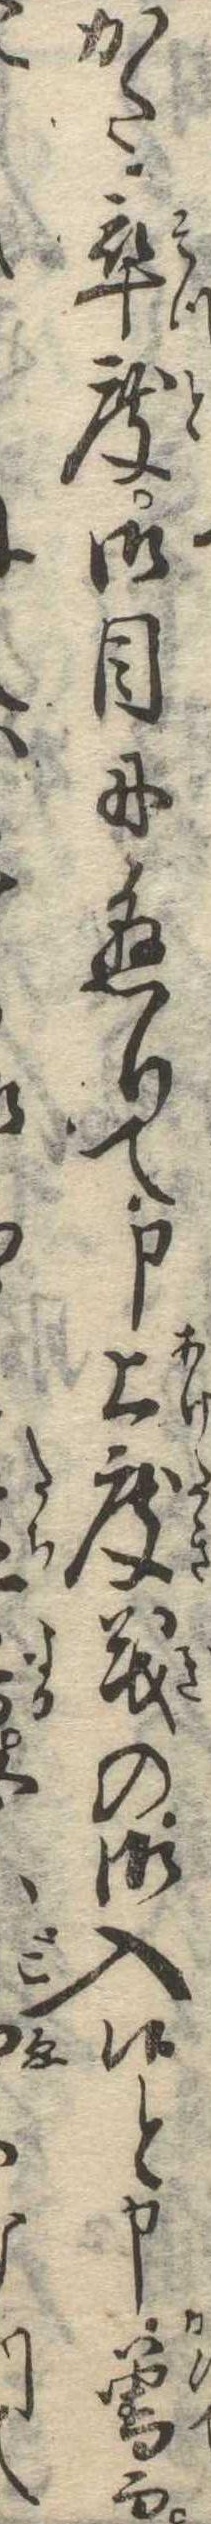
かた卒度御目に懸りて申上度義の御入候と申曽而